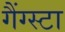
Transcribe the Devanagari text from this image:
गैंग्स्टा